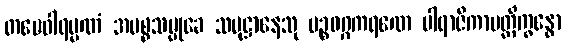
တမေဝါရမ္မဏံ အမစ္စသမ္မုခေ သမုဋ္ဌာနေသု ပဉ္စဝဂ္ဂကရဏေ ပါရာဇိကာပတ္တိက္ခန္ဓော